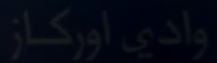
وادي‌اُورکاز